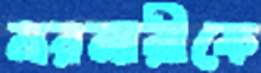
নরনারীকে